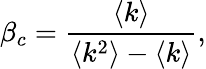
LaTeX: \beta_{c}=\frac{\left\langle k\right\rangle}{\left\langle k^{2}\right\rangle-\left\langle k\right\rangle},